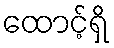
ထောင့်ရှိ